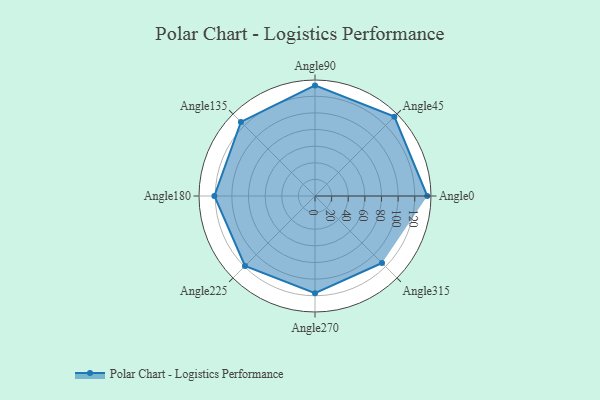
{"axis": {"x": "Angle", "y": "Radius"}, "legend": [""], "data": [{"x": "Angle0", "y": 135.0, "type": ""}, {"x": "Angle45", "y": 135.0, "type": ""}, {"x": "Angle90", "y": 133.0, "type": ""}, {"x": "Angle135", "y": 126.0, "type": ""}, {"x": "Angle180", "y": 121.0, "type": ""}, {"x": "Angle225", "y": 119.0, "type": ""}, {"x": "Angle270", "y": 117.0, "type": ""}, {"x": "Angle315", "y": 114.0, "type": ""}]}